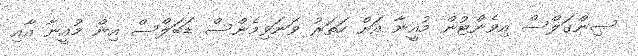
ސިންގަލްސް އިވެންޓުން މުއީނާ އަށް ހަތަރު ވަނަވިމެންސް ޑަބަލްސް އިން މުއީނާ އާއި